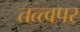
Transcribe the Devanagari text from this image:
तत्त्वपर